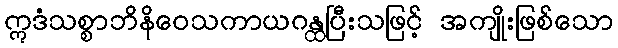
ဣဒံသစ္စာဘိနိဝေသကာယဂန္ထပြီးသဖြင့် အကျိုးဖြစ်သော